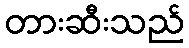
တားဆီးသည်